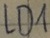
Text: LD1